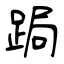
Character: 跼